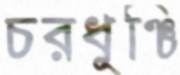
চরধুঞ্চি